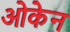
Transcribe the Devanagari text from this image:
ओकेन